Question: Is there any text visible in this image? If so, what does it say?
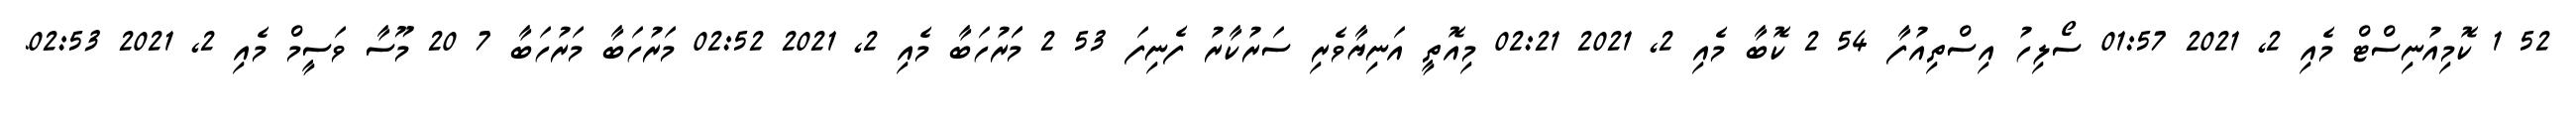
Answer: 52 1 ކޮމިއުނިސްޓް މެއި 2, 2021 01:57 ސޯލިހު އިސްތިއުފާ 54 2 ކޮބާ މެއި 2, 2021 02:21 މިއޮތީ އަނިޔާވެރި ސަރުކާރު ފެނިފަ 53 2 މަަރުހަބާ މެއި 2, 2021 02:52 މަރުހަބާ މަރުހަބާ 7 20 މޫސާ ވަސީމް މެއި 2, 2021 02:53.